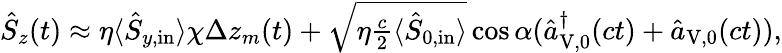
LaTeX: \begin{array}{r}{\hat{S}_{z}(t)\approx\eta\langle\hat{S}_{y,\mathrm{in}}\rangle\chi\Delta z_{m}(t)+\sqrt{\eta\frac{c}{2}\langle\hat{S}_{0,\mathrm{in}}\rangle}\cos\alpha(\hat{a}_{\mathrm{V,0}}^{\dagger}(ct)+\hat{a}_{\mathrm{V,0}}(ct)),}\end{array}